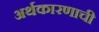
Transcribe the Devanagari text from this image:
अर्थकारणाची